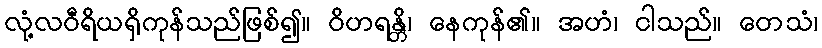
လုံ့လဝီရိယရှိကုန်သည်ဖြစ်၍။ ဝိဟရန္တိ၊ နေကုန်၏။ အဟံ၊ ငါသည်။ တေသံ၊